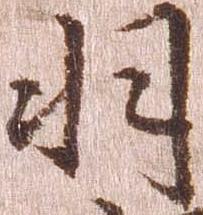
羽